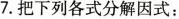
7. 把下列各式分解因式：